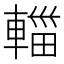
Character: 輺